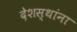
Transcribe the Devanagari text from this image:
देशस्थांना